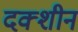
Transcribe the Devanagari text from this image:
दक्शीन